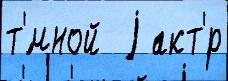
т'́мной  j акт'́р